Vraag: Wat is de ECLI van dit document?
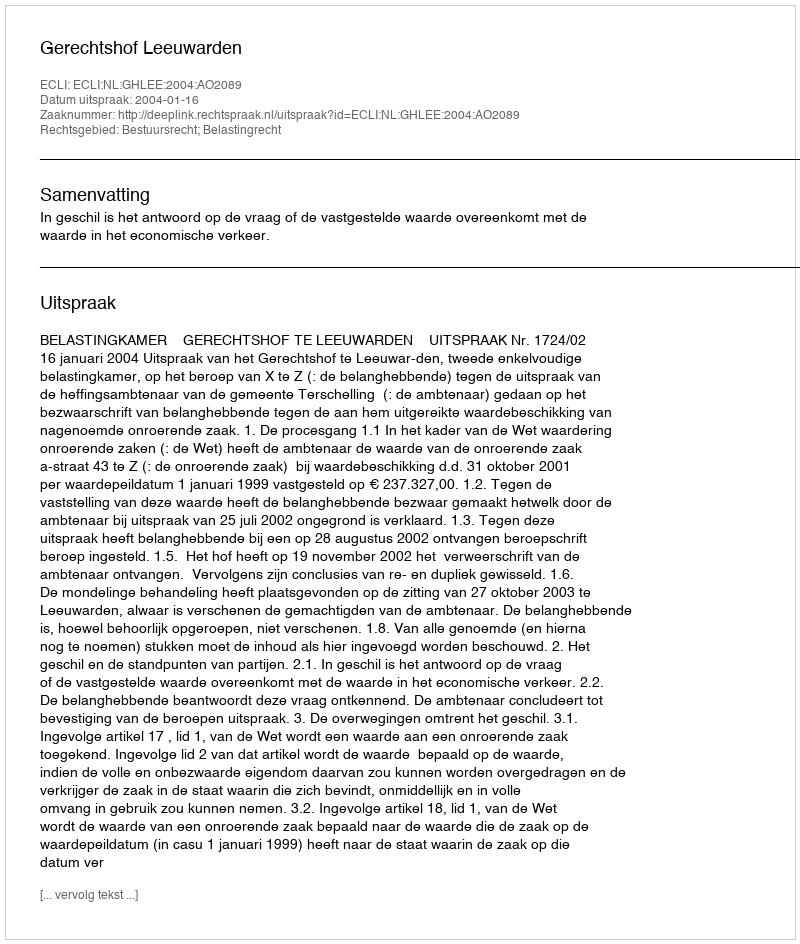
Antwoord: ECLI:NL:GHLEE:2004:AO2089